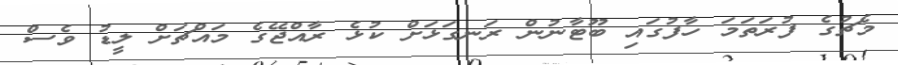
މެޗުގެ ފުރަތަމަ ހާފުގައި ބޫޓާނުން ރަނގަޅަށް ކުޅެ ރާއްޖޭގެ މައްޗަށް ލީޑު ވެސް